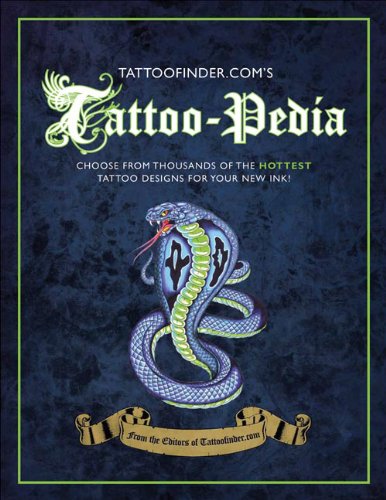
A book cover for Tattoo-pedia; Arts & Photography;